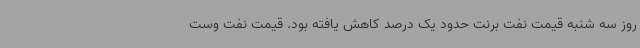
روز سه شنبه قیمت نفت برنت حدود یک درصد کاهش یافته بود. قیمت نفت وست